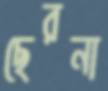
ছেরনা